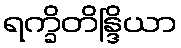
ရက္ခိတိန္ဒြိယာ